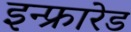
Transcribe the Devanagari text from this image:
इन्‍फ्रारेड